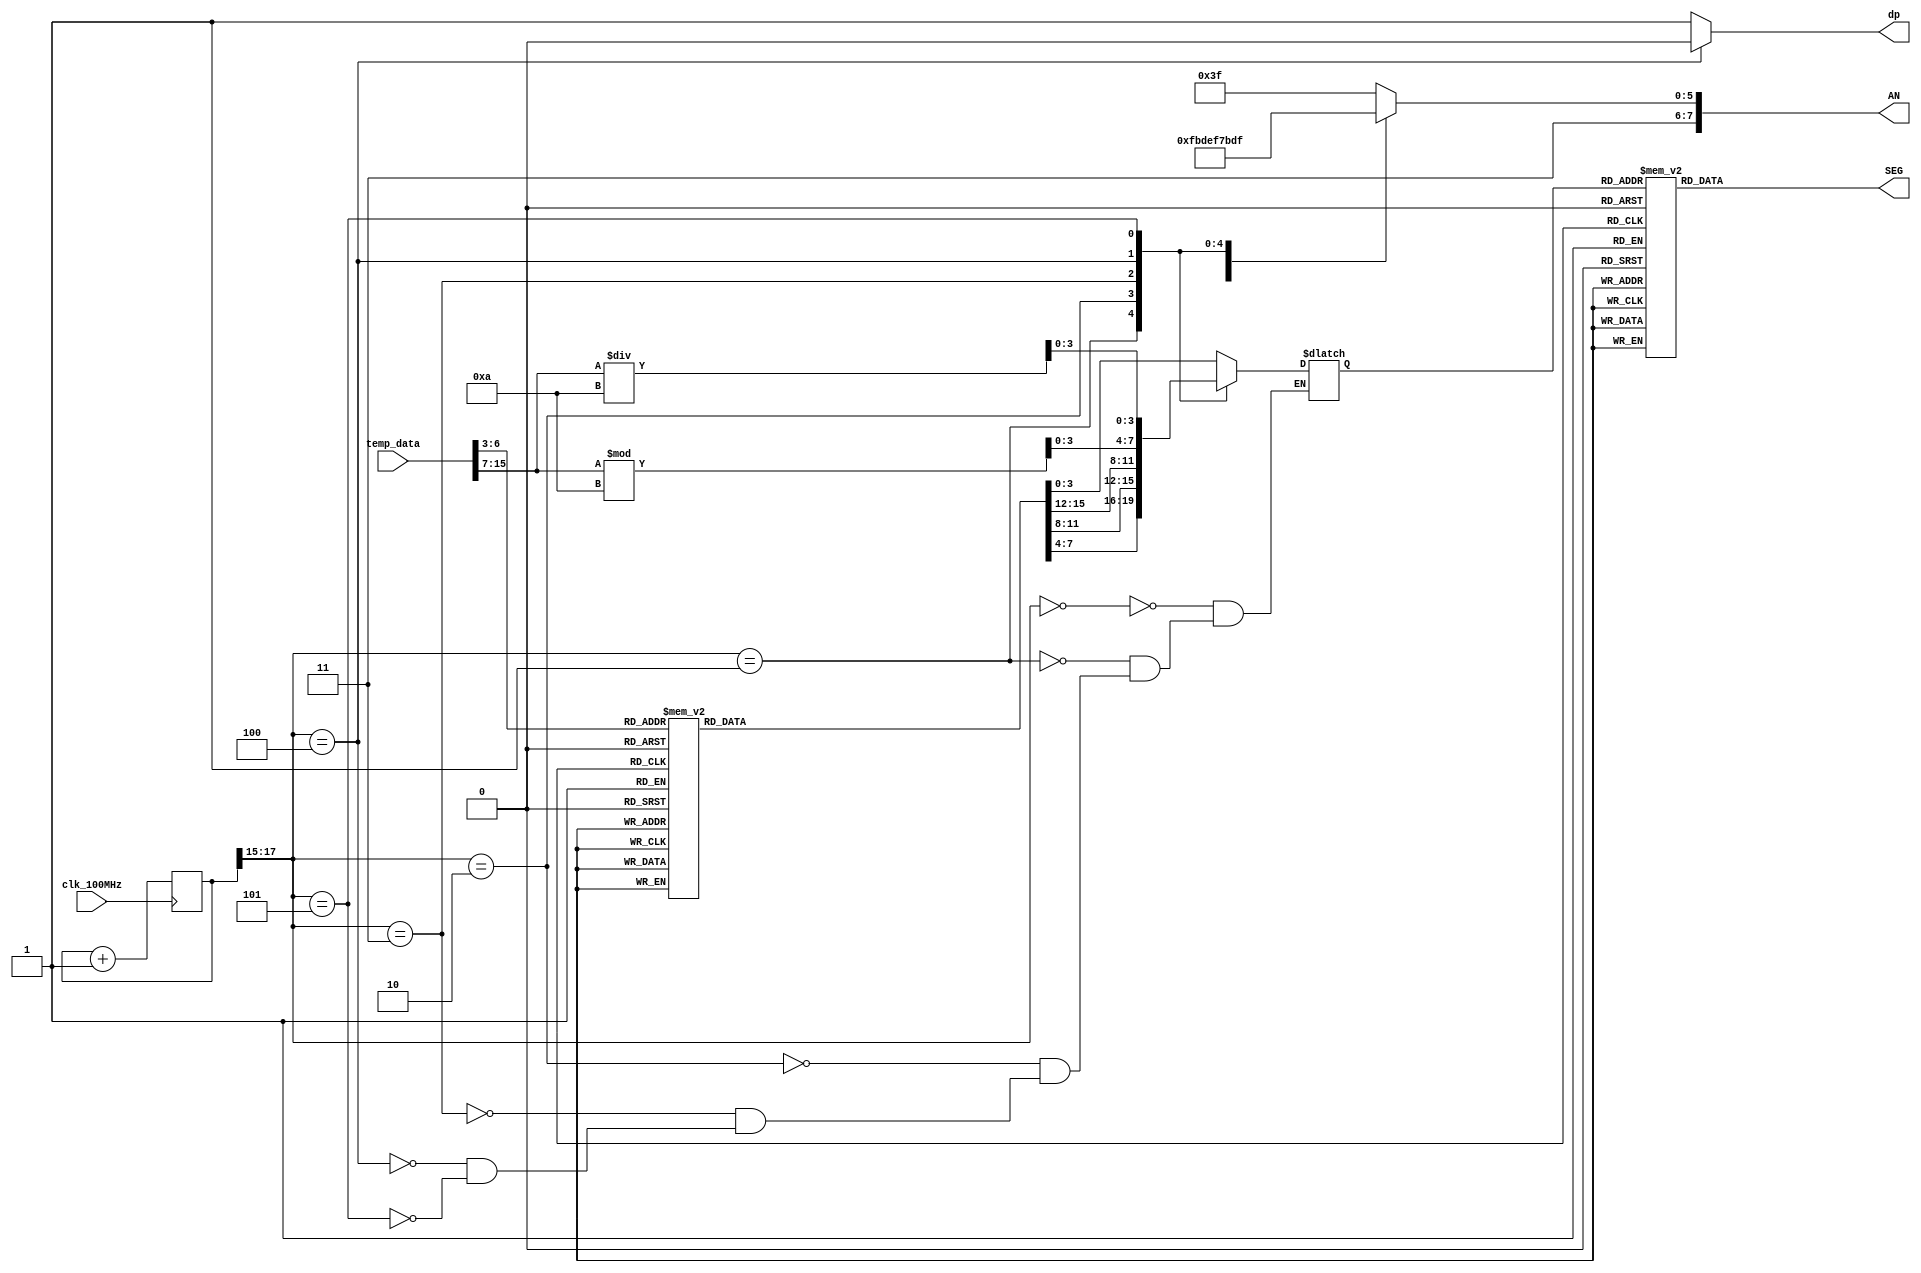
module sevenSegment(input clk_100MHz,               // Nexys A7 clock
    input [15:0] temp_data,          // Temp data from i2c master
    output reg [6:0] SEG,           // 7 Segments of Displays(cathodes) used to show digits
    output reg [7:0] AN,            // for enabling the segments
    output reg dp

    );
    
    reg [3:0] first;  // first seven segment
    reg [3:0] second; //second seven segment
    reg [3:0] third; //third seven segment
    reg [3:0] fourth; // fourth seven segment
    reg [3:0] fifth; //fifth seven segment
    reg [3:0] sixth; //sixth seven segment
    reg [3:0] seventh; //seventh seven segment
    
    reg [3:0] seg;
    
    reg [17:0] Counter=0;
    always@(posedge clk_100MHz)
    begin
    Counter<=Counter+1;
    end
    
   always @ (*)
begin
    case(seg)
    0 : SEG = 7'b1000000; //0
    1 : SEG = 7'b1111001; //1
    2 : SEG = 7'b0100100; //2
    3 : SEG = 7'b0110000; //3
    4 : SEG = 7'b0011001; //4
    5 : SEG = 7'b0010010; //5
    6 : SEG = 7'b0000010; //6
    7 : SEG = 7'b1111000; //7
    8 : SEG = 7'b0000000; //8
    9 : SEG = 7'b0011000; //9
    10: SEG = 7'b0001000; //A
    11: SEG = 7'b0000011; //B
    12: SEG = 7'b1000110; //C
    13: SEG = 7'b0100001; //D
    14: SEG = 7'b0000110; //E
    15: SEG = 7'b0001110; //F
    
    endcase
    //conerting from 9 digit binary to decimal value 
    // Starting at 8 degrees.

//Working on the decimal point values.
    sixth = temp_data[15:7] / 10;           // Tens value of temp data
    fifth = temp_data[15:7] % 10; 

case (temp_data[6:3])


4'b0000: begin first  <= 4'b0000;
               second <= 4'b0000;
               third  <= 4'b0000;
               fourth <= 4'b0000;end
4'b0001: begin first  <= 4'b0101;
               second <= 4'b0010;
               third  <= 4'b0110;
               fourth <= 4'b0000;end
4'b0010: begin first  <= 4'b0000;
               second <= 4'b0101;
               third  <= 4'b0010;
               fourth <= 4'b0001;end
4'b0011: begin first  <= 4'b0101;
               second <= 4'b0111;
               third  <= 4'b1000;
               fourth <= 4'b0001;end
4'b0100: begin first  <= 4'b0000;
               second <= 4'b0000;
               third  <= 4'b0101;
               fourth <= 4'b0010;end
4'b0101: begin first  <= 4'b0101;
               second <= 4'b0010;
               third  <= 4'b0001;
               fourth <= 4'b0011;end
4'b0110: begin first  <= 4'b0000;
               second <= 4'b0101;
               third  <= 4'b0111;
               fourth <= 4'b0011;end
4'b0111: begin first  <= 4'b0101;
               second <= 4'b0111;
               third  <= 4'b0011;
               fourth <= 4'b0100;end
4'b1000: begin first  <= 4'b0000;
               second <= 4'b0000;
               third  <= 4'b0000;
               fourth <= 4'b0101;end               
4'b1001: begin first  <= 4'b0101;
               second <= 4'b0010;
               third  <= 4'b0110;
               fourth <= 4'b0101;end
4'b1010: begin first  <= 4'b0000;
               second <= 4'b0101;
               third  <= 4'b0010;
               fourth <= 4'b0110;end
4'b1011: begin first  <= 4'b0101;
               second <= 4'b0111;
               third  <= 4'b1000;
               fourth <= 4'b0110;end
4'b1100: begin first  <= 4'b0000;
               second <= 4'b0000;
               third  <= 4'b0101;
               fourth <= 4'b0111;end
4'b1101: begin first  <= 4'b0101;
               second <= 4'b0010;
               third  <= 4'b0001;
               fourth <= 4'b1000;end
4'b1110: begin first  <= 4'b0000;
               second <= 4'b0101;
               third  <= 4'b0111;
               fourth <= 4'b1000;end
4'b1111: begin first  <= 4'b0101;
               second <= 4'b0111;
               third  <= 4'b0011;
               fourth <= 4'b1001;end
default: begin first  <= 4'b0000;
               second <= 4'b0000;
               third  <= 4'b0000;
               fourth <= 4'b0000;end
   endcase


end 
    
    always @ (*)
begin
 
    case (Counter[17:15])
    
    3'b000: begin
                seg <= first;
                AN <= 8'b11111110;
                dp <= 1'b1;
            end
    3'b001: begin
                seg <= second;
                AN <= 8'b11111101;
                dp <= 1'b1;
            end
    3'b010: begin
                seg <= third;
                AN <= 8'b11111011;
                dp <= 1'b1;
            end
    3'b011: begin
                seg <= fourth;
                AN <= 8'b11110111;
                dp <= 1'b1;
            end
    3'b100: begin
                seg <= fifth;
                AN <= 8'b11101111;
                dp <= 1'b0;
           end
    3'b101: begin
                seg <= sixth;
                AN <= 8'b11011111;
                dp <= 1'b1;
           end
    default: begin AN <=8'b11111111; dp <= 1'b1;end
   
    endcase
end

endmodule